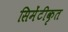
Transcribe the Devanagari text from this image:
सिमेंटीकृत